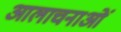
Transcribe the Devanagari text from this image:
आलाचनाओं